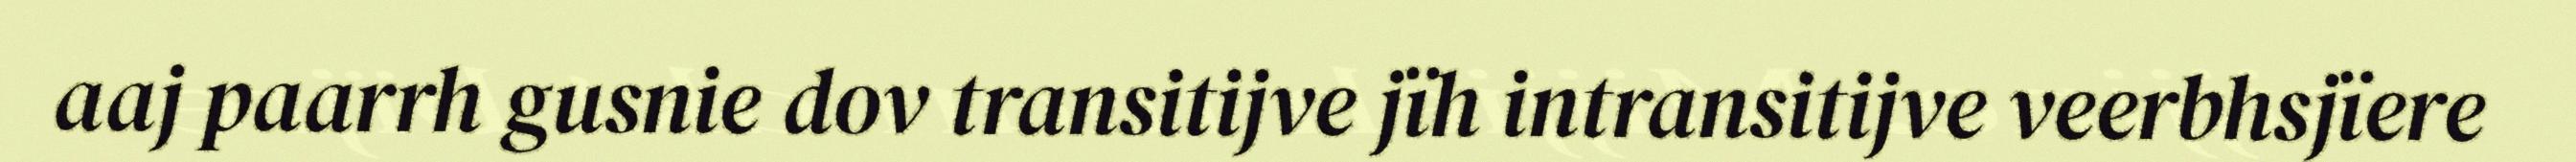
aaj paarrh gusnie dov transitijve jïh intransitijve veerbhsjïere